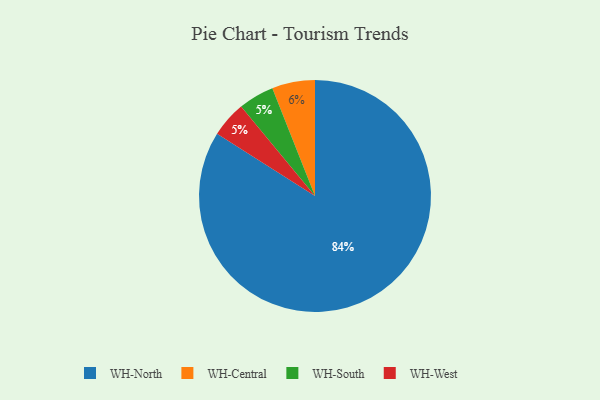
{"axis": {"x": "Category", "y": "Percentage"}, "legend": ["WH-Central", "WH-North", "WH-South", "WH-West"], "data": [{"x": "WH-South", "y": 5, "type": "WH-South"}, {"x": "WH-North", "y": 84, "type": "WH-North"}, {"x": "WH-Central", "y": 6, "type": "WH-Central"}, {"x": "WH-West", "y": 5, "type": "WH-West"}]}